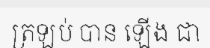
ត្រឡប់ បាន ឡើង ជា